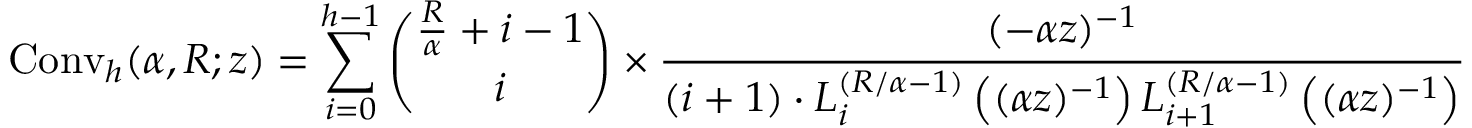
\operatorname { C o n v } _ { h } ( \alpha , R ; z ) = \sum _ { i = 0 } ^ { h - 1 } { \binom { { \frac { R } { \alpha } } + i - 1 } { i } } \times { \frac { ( - \alpha z ) ^ { - 1 } } { ( i + 1 ) \cdot L _ { i } ^ { \left( R / \alpha - 1 \right) } \left( ( \alpha z ) ^ { - 1 } \right) L _ { i + 1 } ^ { \left( R / \alpha - 1 \right) } \left( ( \alpha z ) ^ { - 1 } \right) } }